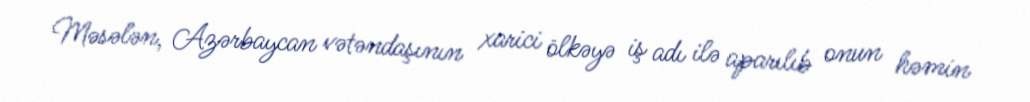
Məsələn, Azərbaycan vətəndaşının xarici ölkəyə iş adı ilə aparılıb onun həmin